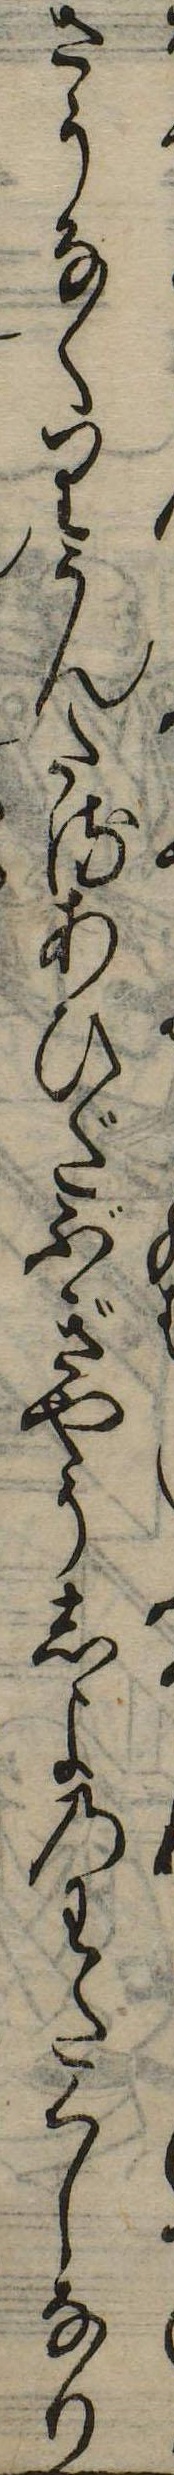
さうなくりうんたるあひだぶぎやうしよのわたくしなり